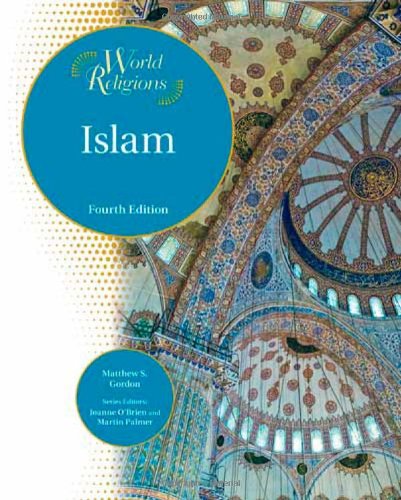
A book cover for Islam (World Religions (Facts on File)); Matthew S. Gordon; Teen & Young Adult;